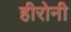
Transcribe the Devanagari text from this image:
हीरोनी